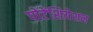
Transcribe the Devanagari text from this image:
पोटेंशियेशन